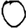
Digit: 0